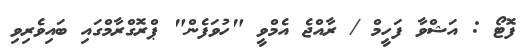
ފޮޓޯ : އަޝްވާ ފަހީމް / ރާއްޖެ އެމްވީ "ހުވަފެން" ޕްރޮގްރާމްގައި ބައިވެރިވި